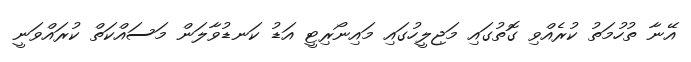
އޭނާ ތުހުމަތު ކުރެއްވި ގޮތުގައި މަޖިލީހުގައި މައިނޯރިޓީ އަޑު ކަނޑުވާލަން މަސައްކަތް ކުރައްވަނީ